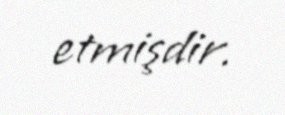
etmişdir.